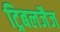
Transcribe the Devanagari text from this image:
ट्रिबलजैज